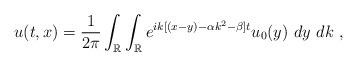
LaTeX: \begin{align*}u(t,x)=\frac{1}{2\pi}\int_{\mathbb R}\int_{\mathbb R}e^{ik[(x-y)-\alpha k^2-\beta] t}u_0(y)\ dy\ dk\ ,\end{align*}